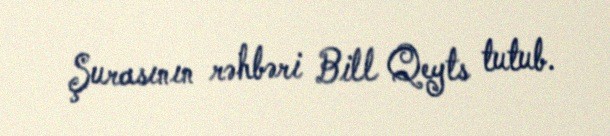
Şurasının rəhbəri Bill Qeyts tutub.